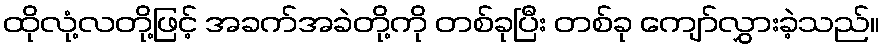
ထိုလုံ့လတို့ဖြင့် အခက်အခဲတို့ကို တစ်ခုပြီး တစ်ခု ကျော်လွှားခဲ့သည်။